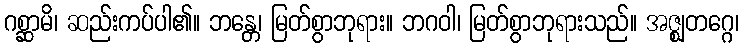
ဂစ္ဆာမိ၊ ဆည်းကပ်ပါ၏။ ဘန္တေ၊ မြတ်စွာဘုရား။ ဘဂဝါ၊ မြတ်စွာဘုရားသည်။ အဇ္ဈတဂ္ဂေ၊